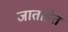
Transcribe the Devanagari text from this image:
जाताहेत